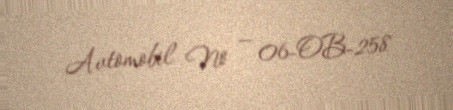
Avtomobil № — 06-OB-258